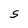
Character: O